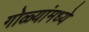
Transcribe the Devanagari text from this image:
गोळ्यांमध्ये